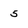
Character: 5